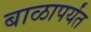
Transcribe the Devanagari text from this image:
बाळापर्यंत